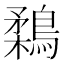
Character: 鶔